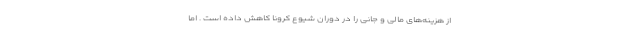
از هزینه‌های مالی و جانی را در دوران شیوع کرونا کاهش داده است . اما